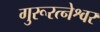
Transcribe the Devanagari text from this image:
गुरूरत्नेश्वर